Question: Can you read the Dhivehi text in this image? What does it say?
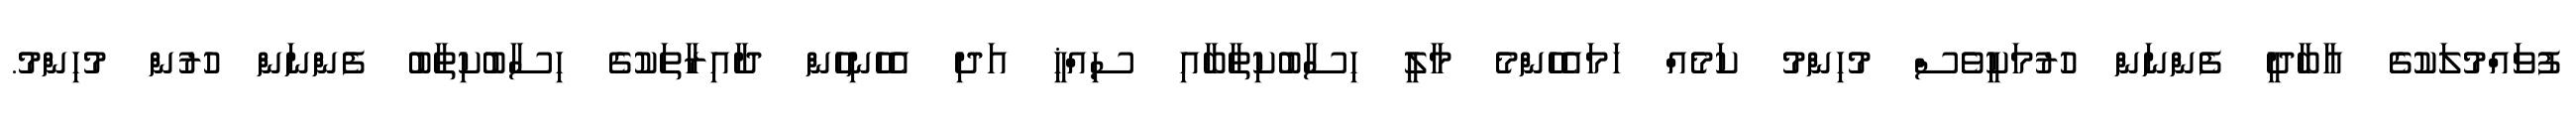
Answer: ފުވައްމުލަކުގެ އާބާދީ ފެންނަން ހުރުމަކީވެސް މުހިންމު ކަމެއް ހަމައެހެންމެ މާލީ ހިސާބުކިތާބާއި ސިއްޚީ އަދި އެހެނިހެން ދާއިރާތަކުގެ ހިސާބުކިތާބު ފެންނަން ހުރުން މުހިންމު.